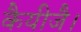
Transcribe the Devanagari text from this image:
कैयीजै।